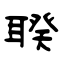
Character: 聧